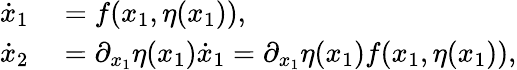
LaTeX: \begin{array}{rl}{\dot{x}_{1}}&{{}=f(x_{1},\eta(x_{1})),}\\ {\dot{x}_{2}}&{{}=\partial_{x_{1}}\eta(x_{1})\dot{x}_{1}=\partial_{x_{1}}\eta(x_{1})f(x_{1},\eta(x_{1})),}\end{array}